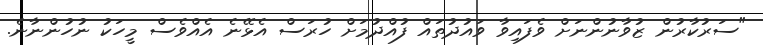
"ސަރުކާރުން ޒުވާނުންނަށް ވެފައިވާ ވައުދުތައް ފުއްދުމަށް ހުރަސް އެޅޭނެ އެއްވެސް މީހަކު ނުހުންނާނެ.